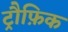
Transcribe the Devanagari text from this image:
ट्रौफ़िक